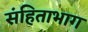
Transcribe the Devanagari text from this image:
संहिताभाग